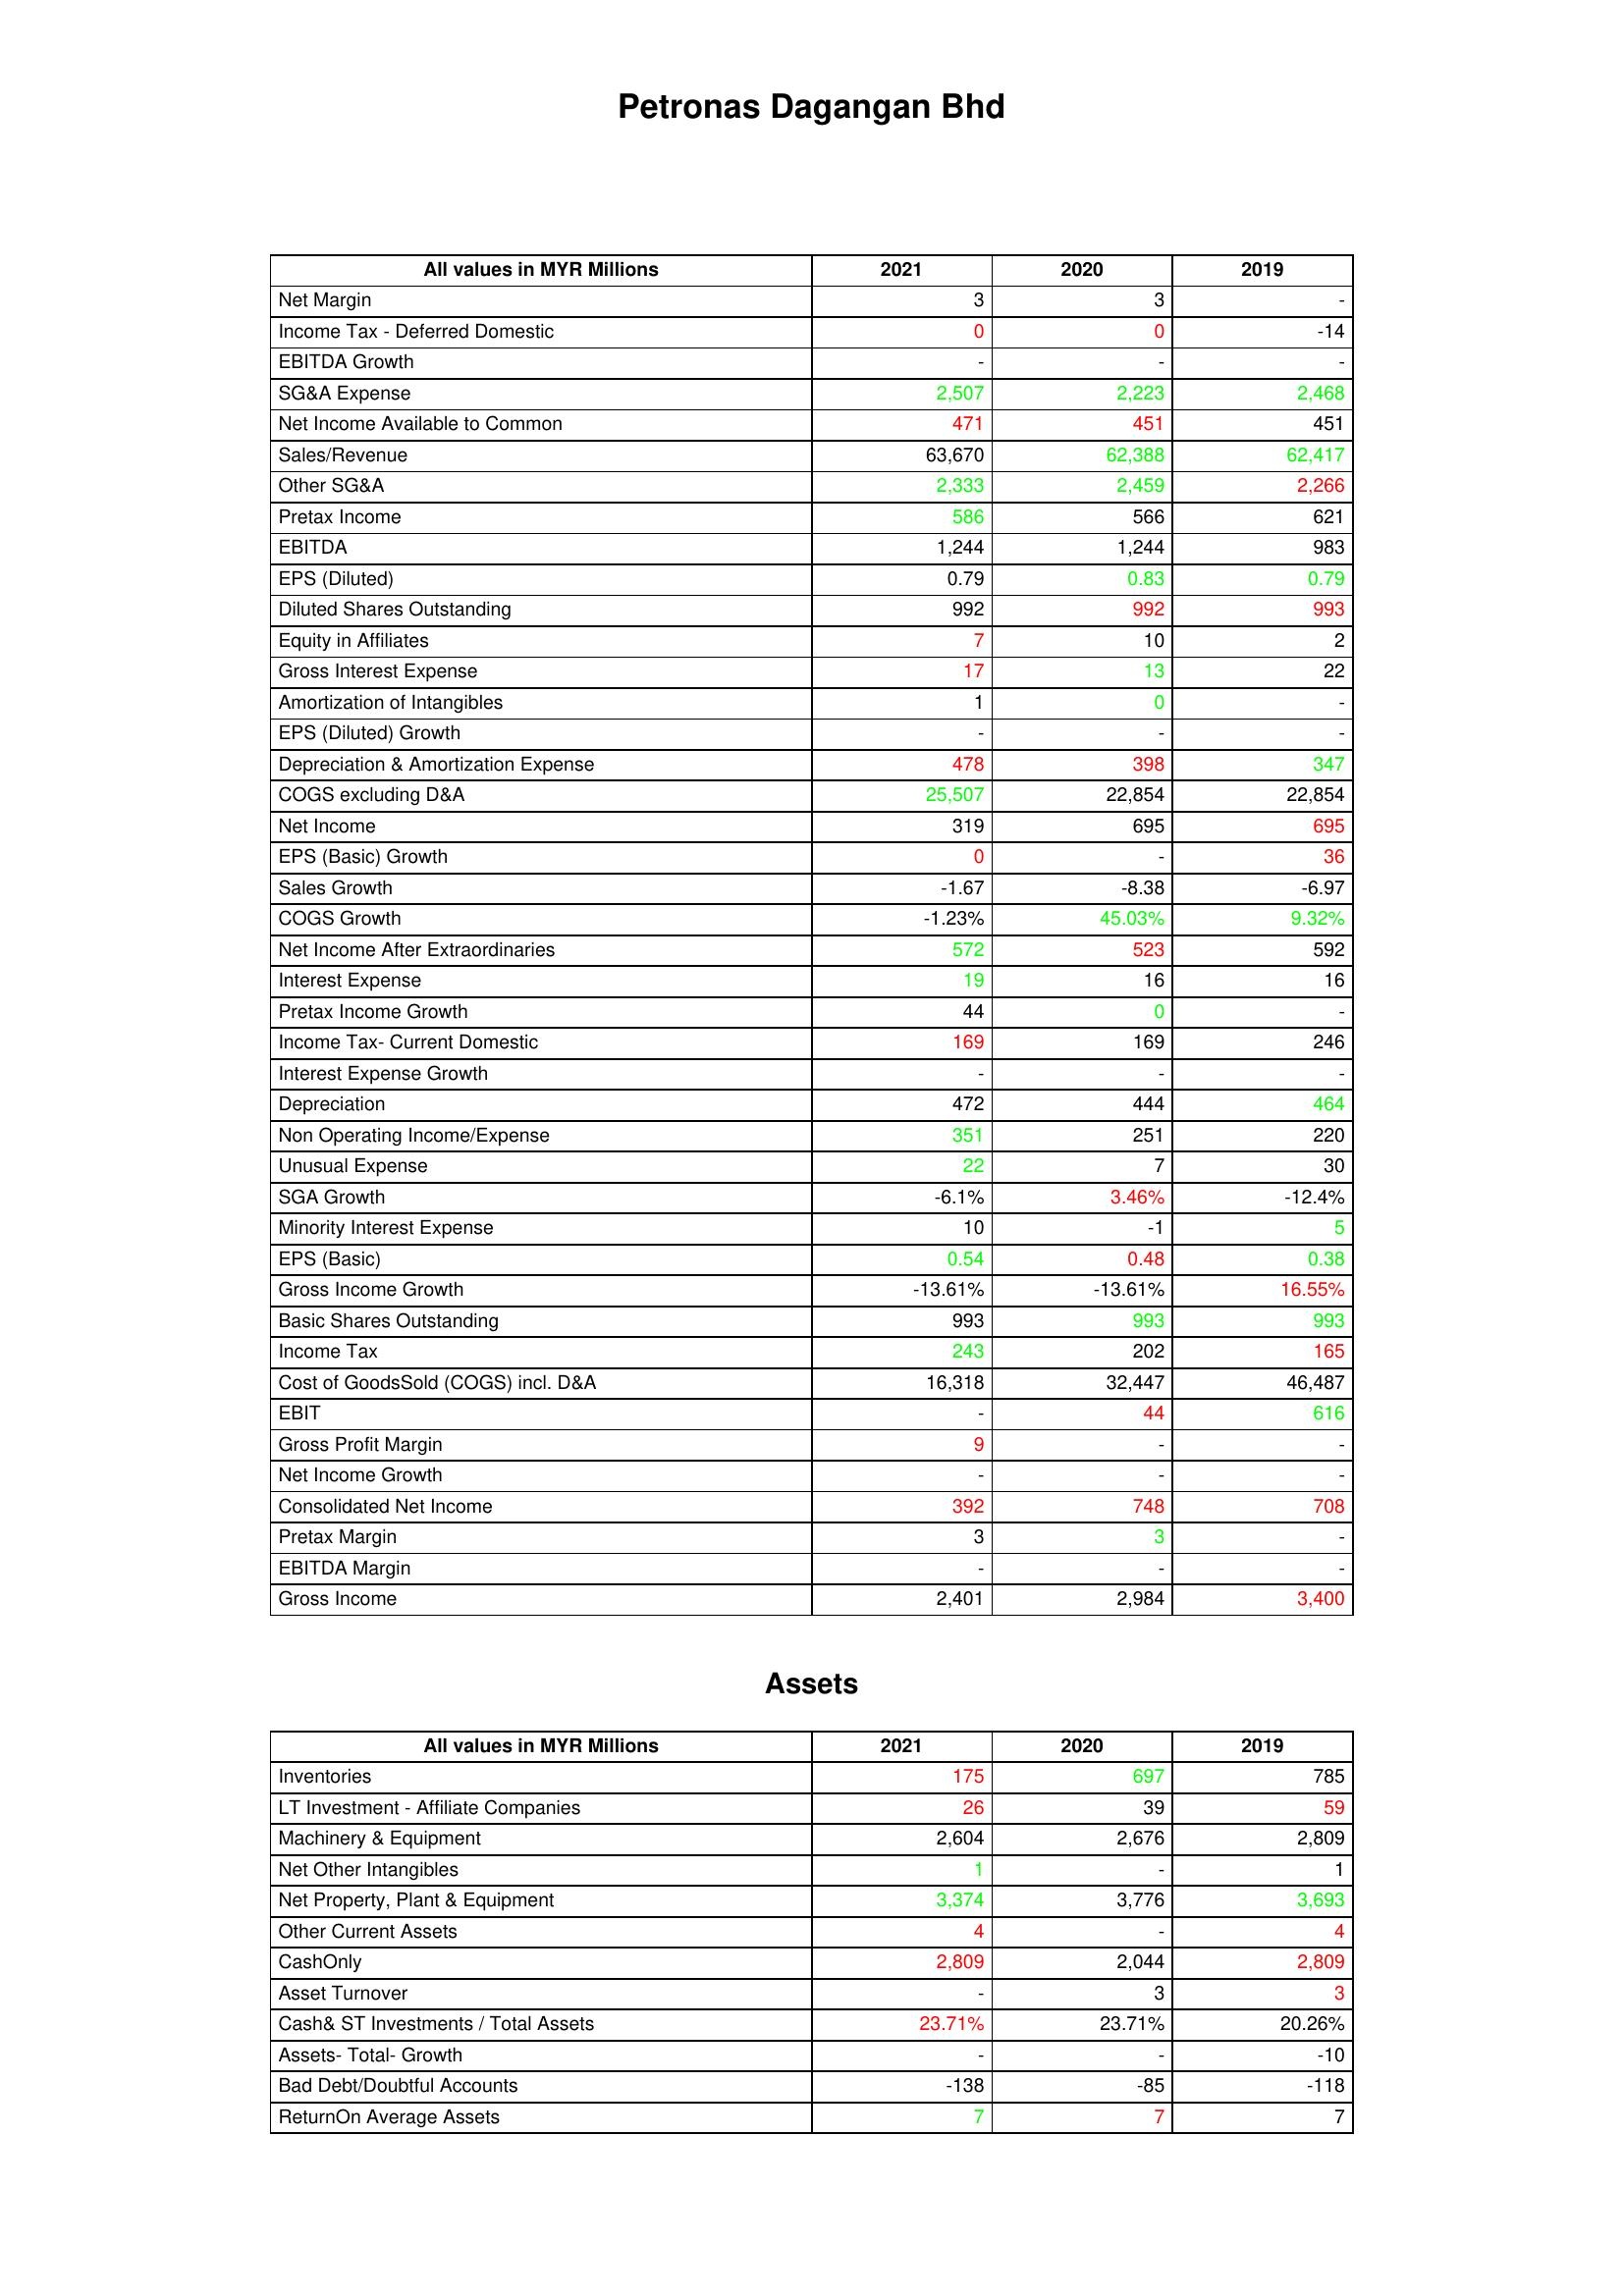
gt_parse: 2021: : Net Margin: 3
Income Tax - Deferred Domestic: 0
EBITDA Growth: -
SG&A Expense: 2,507
Net Income Available to Common: 471
Sales/Revenue: 63,670
Other SG&A: 2,333
Pretax Income: 586
EBITDA: 1,244
EPS (Diluted): 0.79
Diluted Shares Outstanding: 992
Equity in Affiliates: 7
Gross Interest Expense: 17
Amortization of Intangibles: 1
EPS (Diluted) Growth: -
Depreciation & Amortization Expense: 478
COGS excluding D&A: 25,507
Net Income: 319
EPS (Basic) Growth: 0
Sales Growth: -1.67
COGS Growth: -1.23%
Net Income After Extraordinaries: 572
Interest Expense: 19
Pretax Income Growth: 44
Income Tax- Current Domestic: 169
Interest Expense Growth: -
Depreciation: 472
Non Operating Income/Expense: 351
Unusual Expense: 22
SGA Growth: -6.1%
Minority Interest Expense: 10
EPS (Basic): 0.54
Gross Income Growth: -13.61%
Basic Shares Outstanding: 993
Income Tax: 243
Cost of GoodsSold (COGS) incl. D&A: 16,318
EBIT: -
Gross Profit Margin: 9
Net Income Growth: -
Consolidated Net Income: 392
Pretax Margin: 3
EBITDA Margin: -
Gross Income: 2,401
Assets: Inventories: 175
LT Investment - Affiliate Companies: 26
Machinery & Equipment: 2,604
Net Other Intangibles: 1
Net Property, Plant & Equipment: 3,374
Other Current Assets: 4
CashOnly: 2,809
Asset Turnover: -
Cash& ST Investments / Total Assets: 23.71%
Assets- Total- Growth: -
Bad Debt/Doubtful Accounts: -138
ReturnOn Average Assets: 7
2020: : Net Margin: 3
Income Tax - Deferred Domestic: 0
EBITDA Growth: -
SG&A Expense: 2,223
Net Income Available to Common: 451
Sales/Revenue: 62,388
Other SG&A: 2,459
Pretax Income: 566
EBITDA: 1,244
EPS (Diluted): 0.83
Diluted Shares Outstanding: 992
Equity in Affiliates: 10
Gross Interest Expense: 13
Amortization of Intangibles: 0
EPS (Diluted) Growth: -
Depreciation & Amortization Expense: 398
COGS excluding D&A: 22,854
Net Income: 695
EPS (Basic) Growth: -
Sales Growth: -8.38
COGS Growth: 45.03%
Net Income After Extraordinaries: 523
Interest Expense: 16
Pretax Income Growth: 0
Income Tax- Current Domestic: 169
Interest Expense Growth: -
Depreciation: 444
Non Operating Income/Expense: 251
Unusual Expense: 7
SGA Growth: 3.46%
Minority Interest Expense: -1
EPS (Basic): 0.48
Gross Income Growth: -13.61%
Basic Shares Outstanding: 993
Income Tax: 202
Cost of GoodsSold (COGS) incl. D&A: 32,447
EBIT: 44
Gross Profit Margin: -
Net Income Growth: -
Consolidated Net Income: 748
Pretax Margin: 3
EBITDA Margin: -
Gross Income: 2,984
Assets: Inventories: 697
LT Investment - Affiliate Companies: 39
Machinery & Equipment: 2,676
Net Other Intangibles: -
Net Property, Plant & Equipment: 3,776
Other Current Assets: -
CashOnly: 2,044
Asset Turnover: 3
Cash& ST Investments / Total Assets: 23.71%
Assets- Total- Growth: -
Bad Debt/Doubtful Accounts: -85
ReturnOn Average Assets: 7
2019: : Net Margin: -
Income Tax - Deferred Domestic: -14
EBITDA Growth: -
SG&A Expense: 2,468
Net Income Available to Common: 451
Sales/Revenue: 62,417
Other SG&A: 2,266
Pretax Income: 621
EBITDA: 983
EPS (Diluted): 0.79
Diluted Shares Outstanding: 993
Equity in Affiliates: 2
Gross Interest Expense: 22
Amortization of Intangibles: -
EPS (Diluted) Growth: -
Depreciation & Amortization Expense: 347
COGS excluding D&A: 22,854
Net Income: 695
EPS (Basic) Growth: 36
Sales Growth: -6.97
COGS Growth: 9.32%
Net Income After Extraordinaries: 592
Interest Expense: 16
Pretax Income Growth: -
Income Tax- Current Domestic: 246
Interest Expense Growth: -
Depreciation: 464
Non Operating Income/Expense: 220
Unusual Expense: 30
SGA Growth: -12.4%
Minority Interest Expense: 5
EPS (Basic): 0.38
Gross Income Growth: 16.55%
Basic Shares Outstanding: 993
Income Tax: 165
Cost of GoodsSold (COGS) incl. D&A: 46,487
EBIT: 616
Gross Profit Margin: -
Net Income Growth: -
Consolidated Net Income: 708
Pretax Margin: -
EBITDA Margin: -
Gross Income: 3,400
Assets: Inventories: 785
LT Investment - Affiliate Companies: 59
Machinery & Equipment: 2,809
Net Other Intangibles: 1
Net Property, Plant & Equipment: 3,693
Other Current Assets: 4
CashOnly: 2,809
Asset Turnover: 3
Cash& ST Investments / Total Assets: 20.26%
Assets- Total- Growth: -10
Bad Debt/Doubtful Accounts: -118
ReturnOn Average Assets: 7